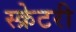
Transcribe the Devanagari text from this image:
स्क्रेटरी